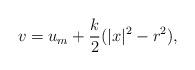
LaTeX: \begin{align*} v = u_m + \frac{k}{2}(|x|^2-r^2), \end{align*}